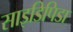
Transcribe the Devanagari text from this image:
साइडिपिडा